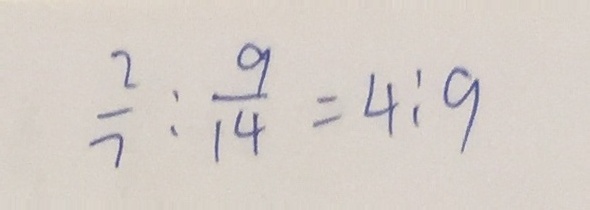
\frac { 2 } { 7 } : \frac { 9 } { 1 4 } = 4 : 9